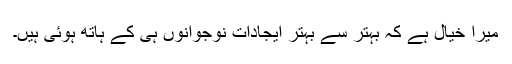
میرا خیال ہے کہ بہتر سے بہتر ایجادات نوجوانوں ہى کے ہاتھ ہوئى ہیں۔